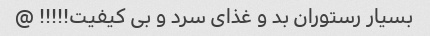
بسیار رستوران بد و غذای سرد و بی کیفیت!!!!! @